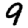
Digit: 9